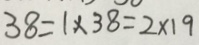
3 8 = 1 \times 3 8 = 2 \times 1 9